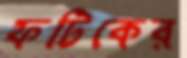
ফটিকের